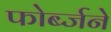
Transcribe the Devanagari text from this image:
फोर्ब्जने